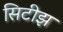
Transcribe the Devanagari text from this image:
सिटीझ